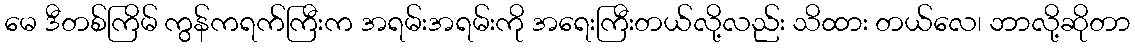
မေ ဒီတစ်ကြိမ် ကွန်ကရက်ကြီးက အရမ်းအရမ်းကို အရေးကြီးတယ်လို့လည်း သိထား တယ်လေ၊ ဘာလို့ဆိုတာ